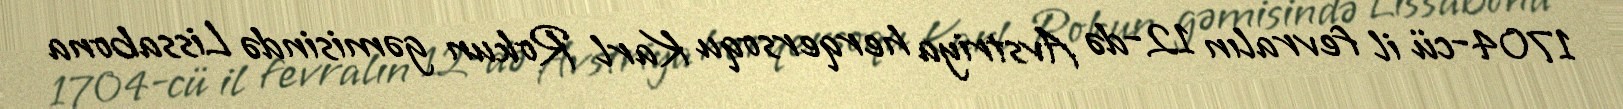
1704-cü il fevralın 12-də Avstriya herqersoqu Karl Rokun gəmisində Lissabona